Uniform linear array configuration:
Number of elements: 32
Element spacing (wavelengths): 0.5
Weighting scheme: hann
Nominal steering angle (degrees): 0
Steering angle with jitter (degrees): -1.659
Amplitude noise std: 0.05
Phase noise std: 0.05

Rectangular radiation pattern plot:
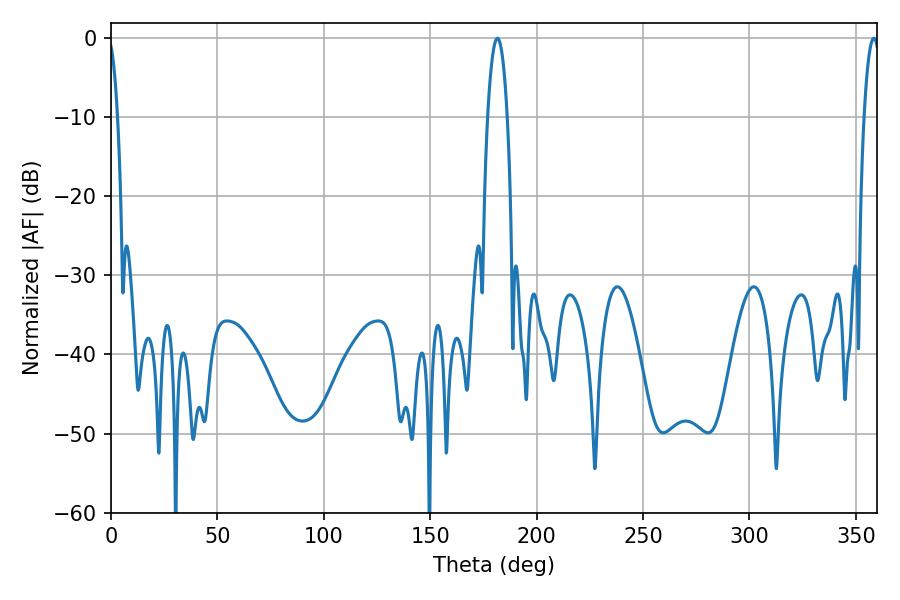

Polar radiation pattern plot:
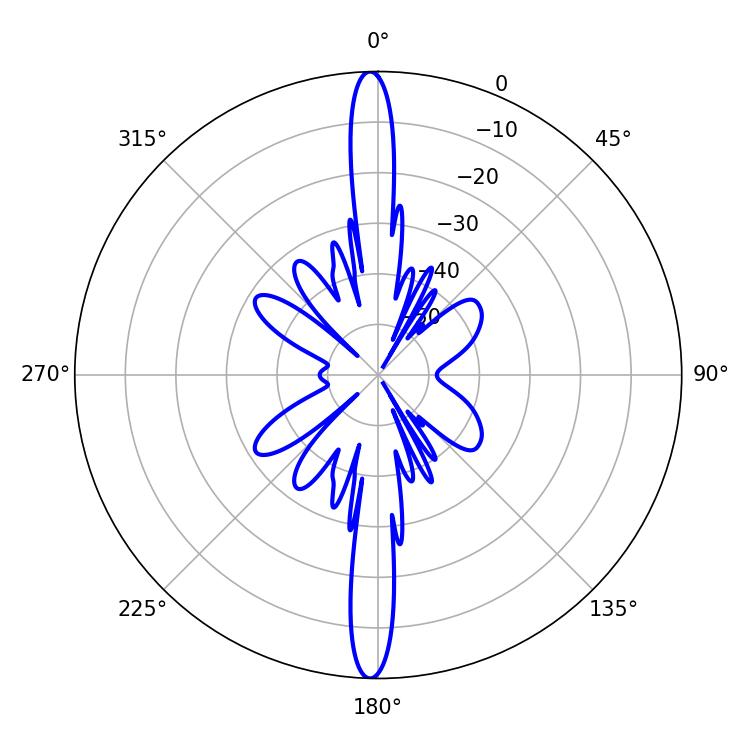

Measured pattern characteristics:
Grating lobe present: FALSE
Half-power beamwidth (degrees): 5.22
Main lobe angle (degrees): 181.62